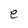
Character: e